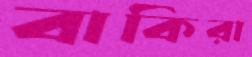
বাকিরা